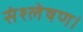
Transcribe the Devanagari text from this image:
संश्लेषण।